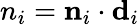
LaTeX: n_{i}={\mathbf n}_{i}\cdot{\mathbf d}_{i}